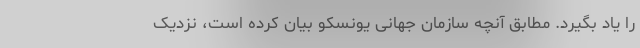
را یاد بگیرد. مطابق آنچه سازمان جهانی یونسکو بیان کرده است، نزدیک